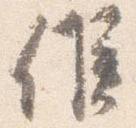
候